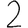
Digit: 2